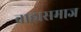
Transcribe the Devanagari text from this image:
बाह्यसमाज